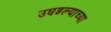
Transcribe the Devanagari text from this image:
उघडल्याच्या